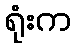
ရုံးက